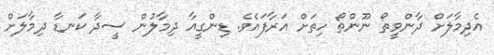
އެދިމާލަށް ދާންވީތޯ ނޫންތޯ ހިތަށް އަރާފައެވެ. ޑިންގީއާ ދިމާލުން ސީދާ ކަނޑާ ދިމާލަށް